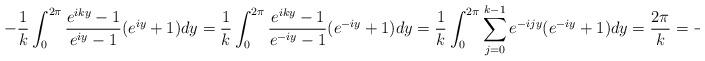
LaTeX: \begin{align*} -\frac{1}{k} \int_{0}^{2\pi} \frac{e^{iky} - 1}{e^{iy} - 1}(e^{iy} + 1) dy = \frac{1}{k} \int_{0}^{2\pi} \frac{e^{iky} - 1}{e^{-iy} - 1}(e^{-iy} + 1) dy = \frac{1}{k} \int_{0}^{2\pi} \sum_{j=0}^{k-1} e^{-ijy} (e^{-iy} + 1) dy = \frac{2\pi}{k} = -\frac{2\pi}{|k|}\end{align*}